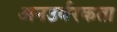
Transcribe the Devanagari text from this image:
अनउर्वरकता